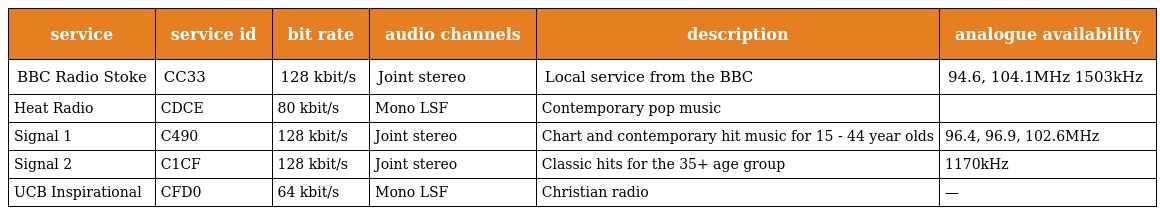
| service | service id | bit rate | audio channels | description | analogue availability |
 | --- | --- | --- | --- | --- | --- |
 | BBC Radio Stoke | CC33 | 128 kbit/s | Joint stereo | Local service from the BBC | 94.6, 104.1MHz 1503kHz |
 | Heat Radio | CDCE | 80 kbit/s | Mono LSF | Contemporary pop music |  |
 | Signal 1 | C490 | 128 kbit/s | Joint stereo | Chart and contemporary hit music for 15 - 44 year olds | 96.4, 96.9, 102.6MHz |
 | Signal 2 | C1CF | 128 kbit/s | Joint stereo | Classic hits for the 35+ age group | 1170kHz |
 | UCB Inspirational | CFD0 | 64 kbit/s | Mono LSF | Christian radio | — |